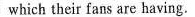
which their fans are having.